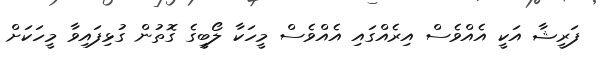
ފަރީޝާ އަކީ އެއްވެސް އިރެއްގައި އެއްވެސް މީހަކާ ލޯބީގެ ގޮތުން ގުޅިފައިވާ މީހަކަށް